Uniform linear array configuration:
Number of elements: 12
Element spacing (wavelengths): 0.25
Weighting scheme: binomial
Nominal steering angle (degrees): -30
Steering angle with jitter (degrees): -28.538
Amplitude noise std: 0.05
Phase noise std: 0.05

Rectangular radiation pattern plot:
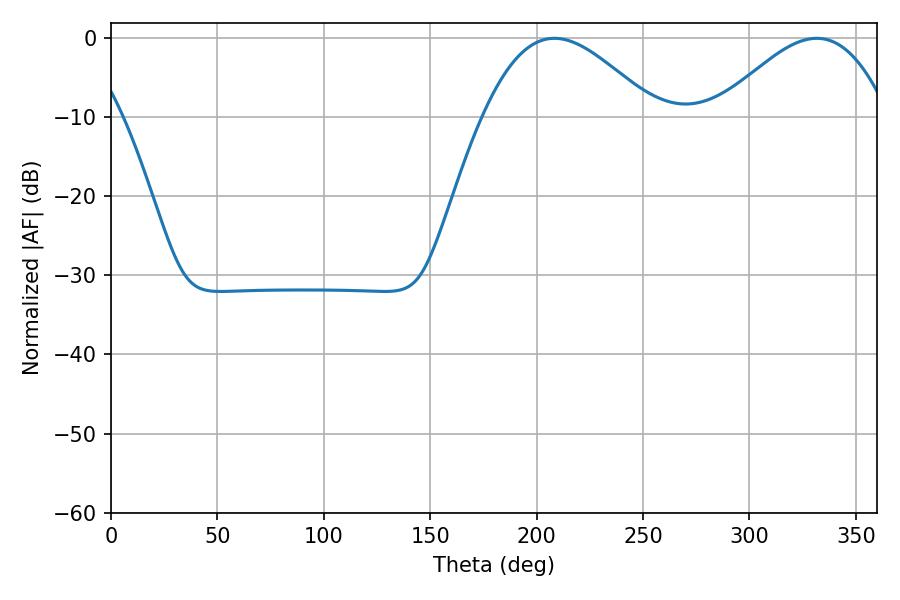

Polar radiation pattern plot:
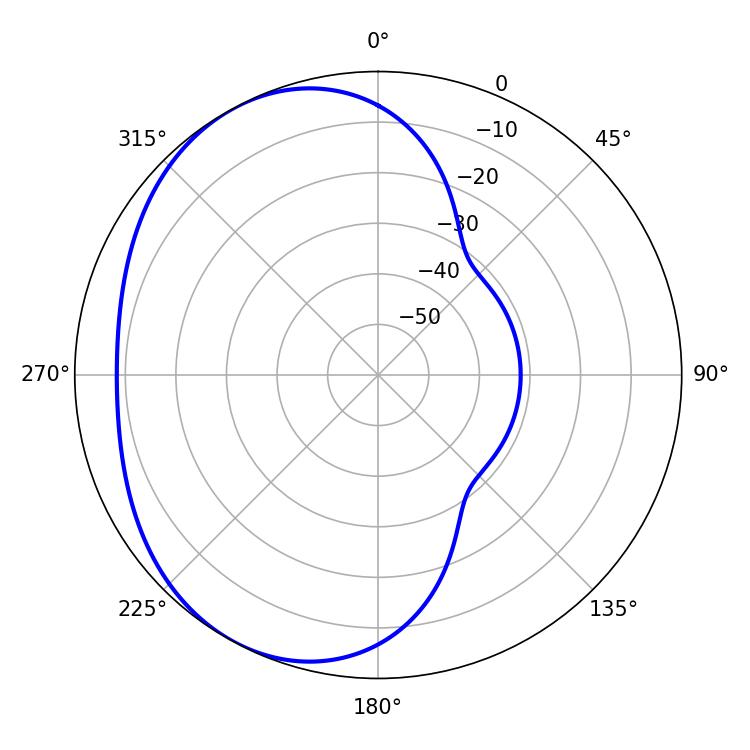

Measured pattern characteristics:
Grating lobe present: FALSE
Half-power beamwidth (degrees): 43.38
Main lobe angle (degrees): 208.44